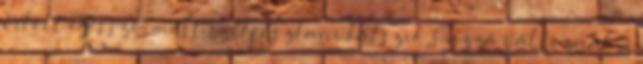
érlelt egésszé, most szétfoszlani látszik S azzá változnak a